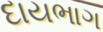
દાયભાગ